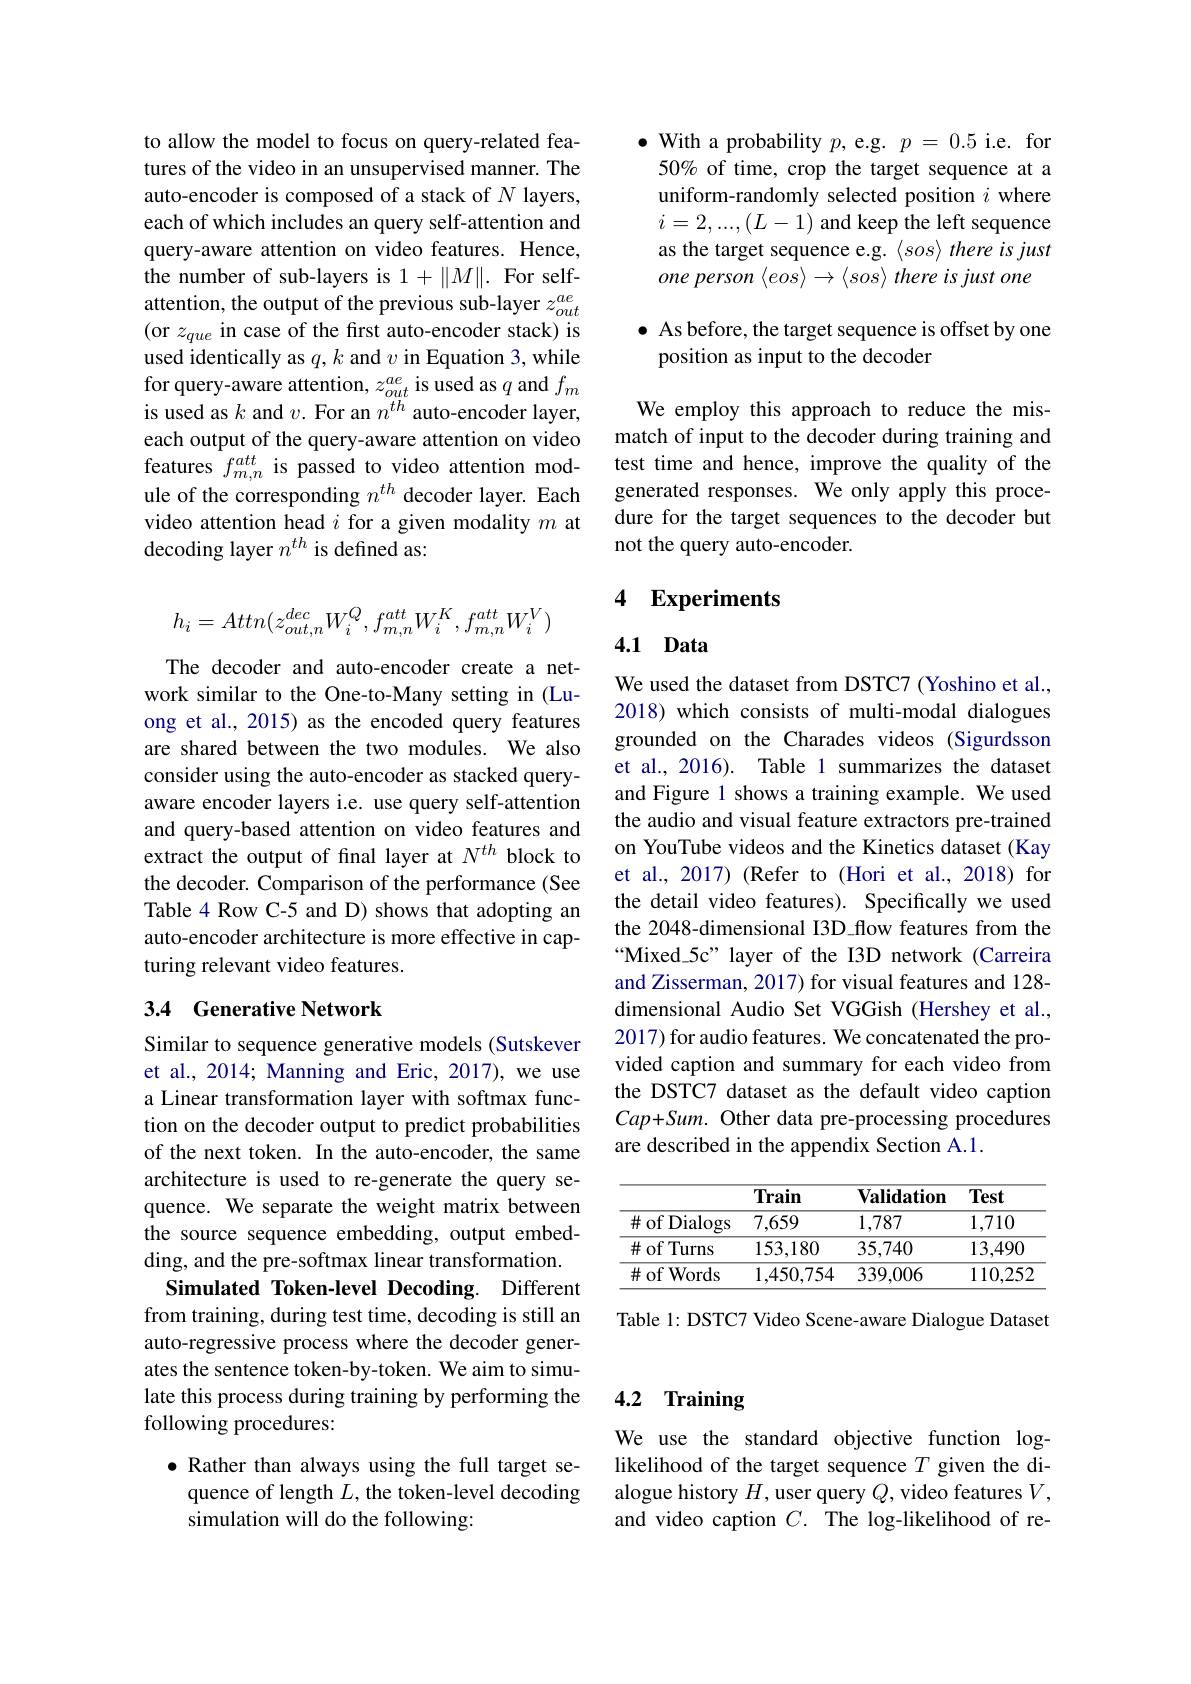
to allow the model to focus on query-related features of the video in an unsupervised manner. The auto-encoder is composed of a stack of $N$ layers, each of which includes an query self-attention and query-aware attention on video features. Hence, the number of sub-layers is 1+$\|M\|.$ For selfattention, the output of the previous sub-layer $z_out^{ae}$ (or $z_que$ in case of the first auto-encoder stack) is used identically as $q,k$ and $v$ in Equation 3, while for query-aware attention, $z_out^{ae}$ is used as $q$ and $f_m$ is used as $k$ and $v.$ For an $n^th$ auto-encoder layer, each output of the query-aware attention on video features $f_{m,n}^{att}$ is passed to video attention module of the corresponding $n^{th}$ decoder layer. Each video attention head $i$ for a given modality $m$ at decoding layer $n^{th}$ is defined as:
$$h_{i}=Attn(z_{out,n}^{dec}W_{i}^{Q},f_{m,n}^{att}W_{i}^{K},f_{m,n}^{att}W_{i}^{V})$$
The decoder and auto-encoder create a network similar to the One-to-Many setting in (Luong et al., 2015) as the encoded query features are shared between the two modules. We also consider using the auto-encoder as stacked queryaware encoder layers i.e. use query self-attention and query-based attention on video features and extract the output of fnal layer at $N^{th}$ block to the decoder. Comparison of the performance (See Table 4 Row C-5 and D) shows that adopting an auto-encoder architecture is more effective in capturing relevant video features.

## 3.4 Generative Network

Similar to sequence generative models (Sutskever et al., 2014; Manning and Eric, 2017), we use a Linear transformation layer with softmax function on the decoder output to predict probabilities of the next token. In the auto-encoder, the same architecture is used to re-generate the query sequence. We separate the weight matrix between the source sequence embedding, output embedding, and the pre-softmax linear transformation.
Simulated Token-level Decoding. Different from training, during test time, decoding is still an auto-regressive process where the decoder generates the sentence token-by-token. We aim to simulate this process during training by performing the following procedures:

$\bullet$ Rather than always using the full target sequence of length $L$, the token-level decoding simulation will do the following:

$\bullet$ With a probability $p$, e.g. $p=0.5$ i.e. for 50% of time, crop the target sequence at a uniform-randomly selected position $i$ where $i=2,...,(L-1)$ and keep the left sequence as the target sequence e.g. $\langle sos\rangle \textit{ there is just}$ one person $\langle eos\rangle\to\langle sos\rangle$ there is just one

$\bullet$ As before, the target sequence is offset by one
position as input to the decoder

We employ this approach to reduce the mismatch of input to the decoder during training and test time and hence, improve the quality of the generated responses. We only apply this procedure for the target sequences to the decoder but not the query auto-encoder.

# 4 Experiments

## 4.1 Data

We used the dataset from DSTC7 (Yoshino et al., 2018) which consists of multi-modal dialogues grounded on the Charades videos (Sigurdsson et al., 2016). Table 1 summarizes the dataset and Figure 1 shows a training example. We used the audio and visual feature extractors pre-trained on YouTube videos and the Kinetics dataset (Kay et al., 2017) (Refer to (Hori et al., 2018) for the detail video features). Specifically we used the 2048-dimensional I3D\_flow features from the $“Mixed\_5c” layer of the I3D network (Carreira$ and Zisserman, 2017) for visual features and 128- dimensional Audio Set VGGish (Hershey et al., 2017) for audio features. We concatenated the provided caption and summary for each video from the DSTC7 dataset as the default video caption Cap+Sum. Other data pre-processing procedures are described in the appendix Section A.1.

<table>
	<tbody>
		<tr>
			<th> </th>
			<th>Train</th>
			<th>$\mathbf{Validation}$</th>
			<th>Test</th>
		</tr>
		<tr>
			<td>$\#$ of Dialogs</td>
			<td>7,659</td>
			<td>1,787</td>
			<td>1,710</td>
		</tr>
		<tr>
			<td>$\#$ of Turns</td>
			<td>153,180</td>
			<td>35,740</td>
			<td>13,490</td>
		</tr>
		<tr>
			<td>$\#$of Words</td>
			<td>1,450,754</td>
			<td>339,006</td>
			<td>110,252</td>
		</tr>
	</tbody>
</table>

Table 1: DSTC7 Video Scene-aware Dialogue Dataset

## 4.2 Training

We use the standard objective function loglikelihood of the target sequence $T$ given the dialogue history $H$, user query $Q$, video features $V$, and video caption $C.$ The log-likelihood of re-